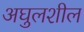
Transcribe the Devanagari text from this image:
अघुलशील